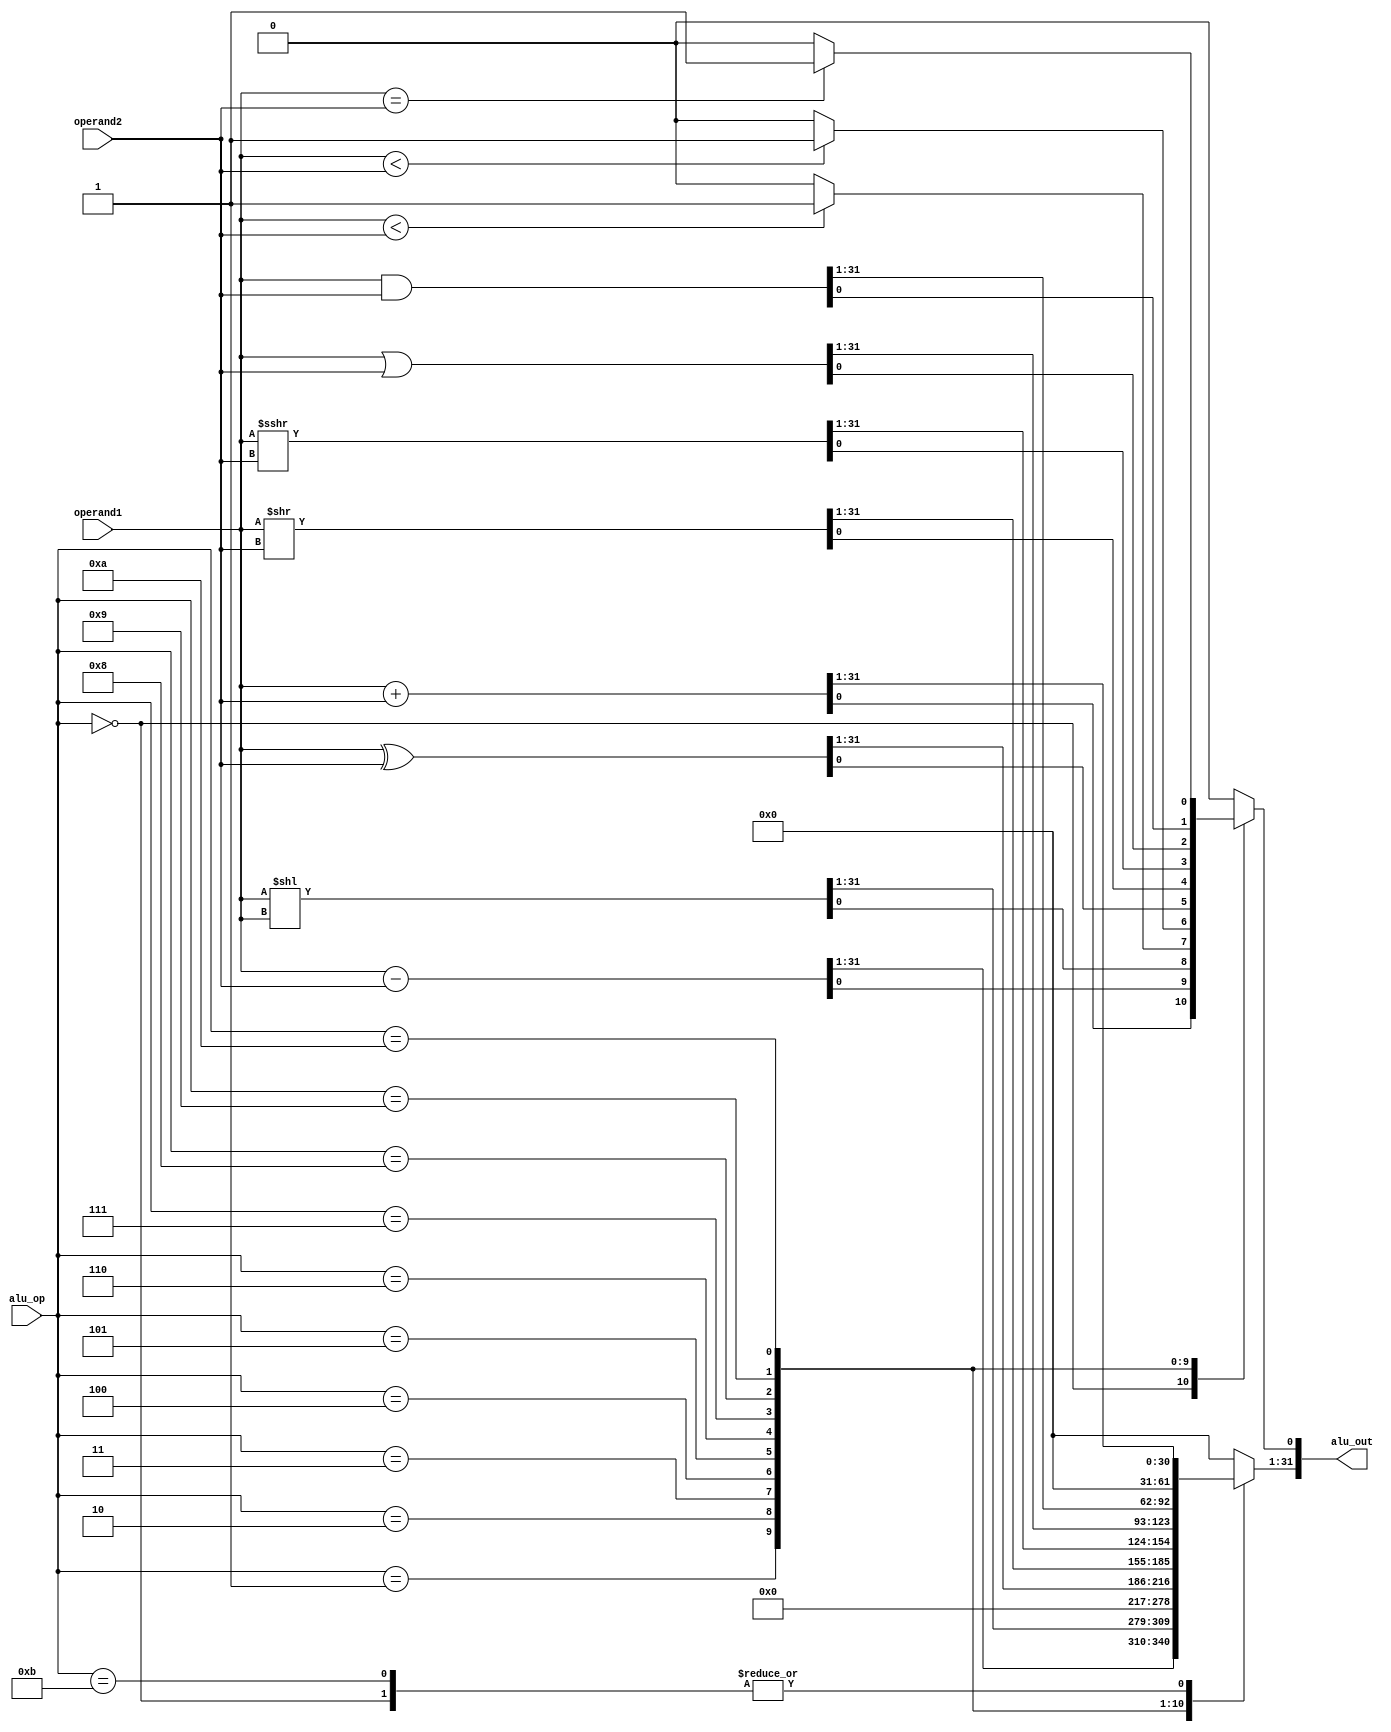
// alu

module alu (
    input [3:0] alu_op ,
    input [31:0] operand1 ,
    input [31:0] operand2 ,
    output reg [31:0] alu_out
);
    always @(*) begin

        case ( alu_op ) 
            4'd0         :  alu_out = (operand1) + (operand2) ; // add(i)
            4'd1         :  alu_out = (operand1) - (operand2) ; // sub
            4'd2         :  alu_out = operand1 << operand1 ; // sll
            4'd3         :  alu_out = ( $signed(operand1) < $signed(operand2) )? 32'b1 : 32'b0 ; // slt
            4'd4         :  alu_out = ( $unsigned(operand1) < $unsigned(operand2) )? 32'b1 : 32'b0 ; // sltu
            4'd5         :  alu_out = operand1 ^ operand2 ; // xor
            4'd6         :  alu_out = operand1 >> operand2 ; // srl
            4'd7         :  alu_out = $signed(operand1) >>> operand2 ; // sra
            4'd8         :  alu_out = operand1 | operand2 ; // or
            4'd9         :  alu_out = operand1 & operand2 ; // and 

            4'd10        :  alu_out = ( operand1 == operand2 )? 32'b1 : 32'b0 ;  // to check for equality for branch instrcutions
            4'd11        :  begin
                                alu_out = operand1 + operand2 ;
                                alu_out[0] = 0 ;
                            end  //! this is for JALR intruction

            default   :  alu_out = 0 ;
        
        endcase       
    
    end

endmodule

//! ALU DOES ONLY THE OPERATIONS REQUESTED OF IT AND IS NOT SMART.